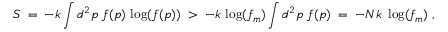
S \; = \; - k \int d ^ { 2 } p \; f ( p ) \, \log ( f ( p ) ) \; > \; - k \, \log ( f _ { m } ) \int d ^ { 2 } p \; f ( p ) \; = \; - N k \, \, \log ( f _ { m } ) \; ,